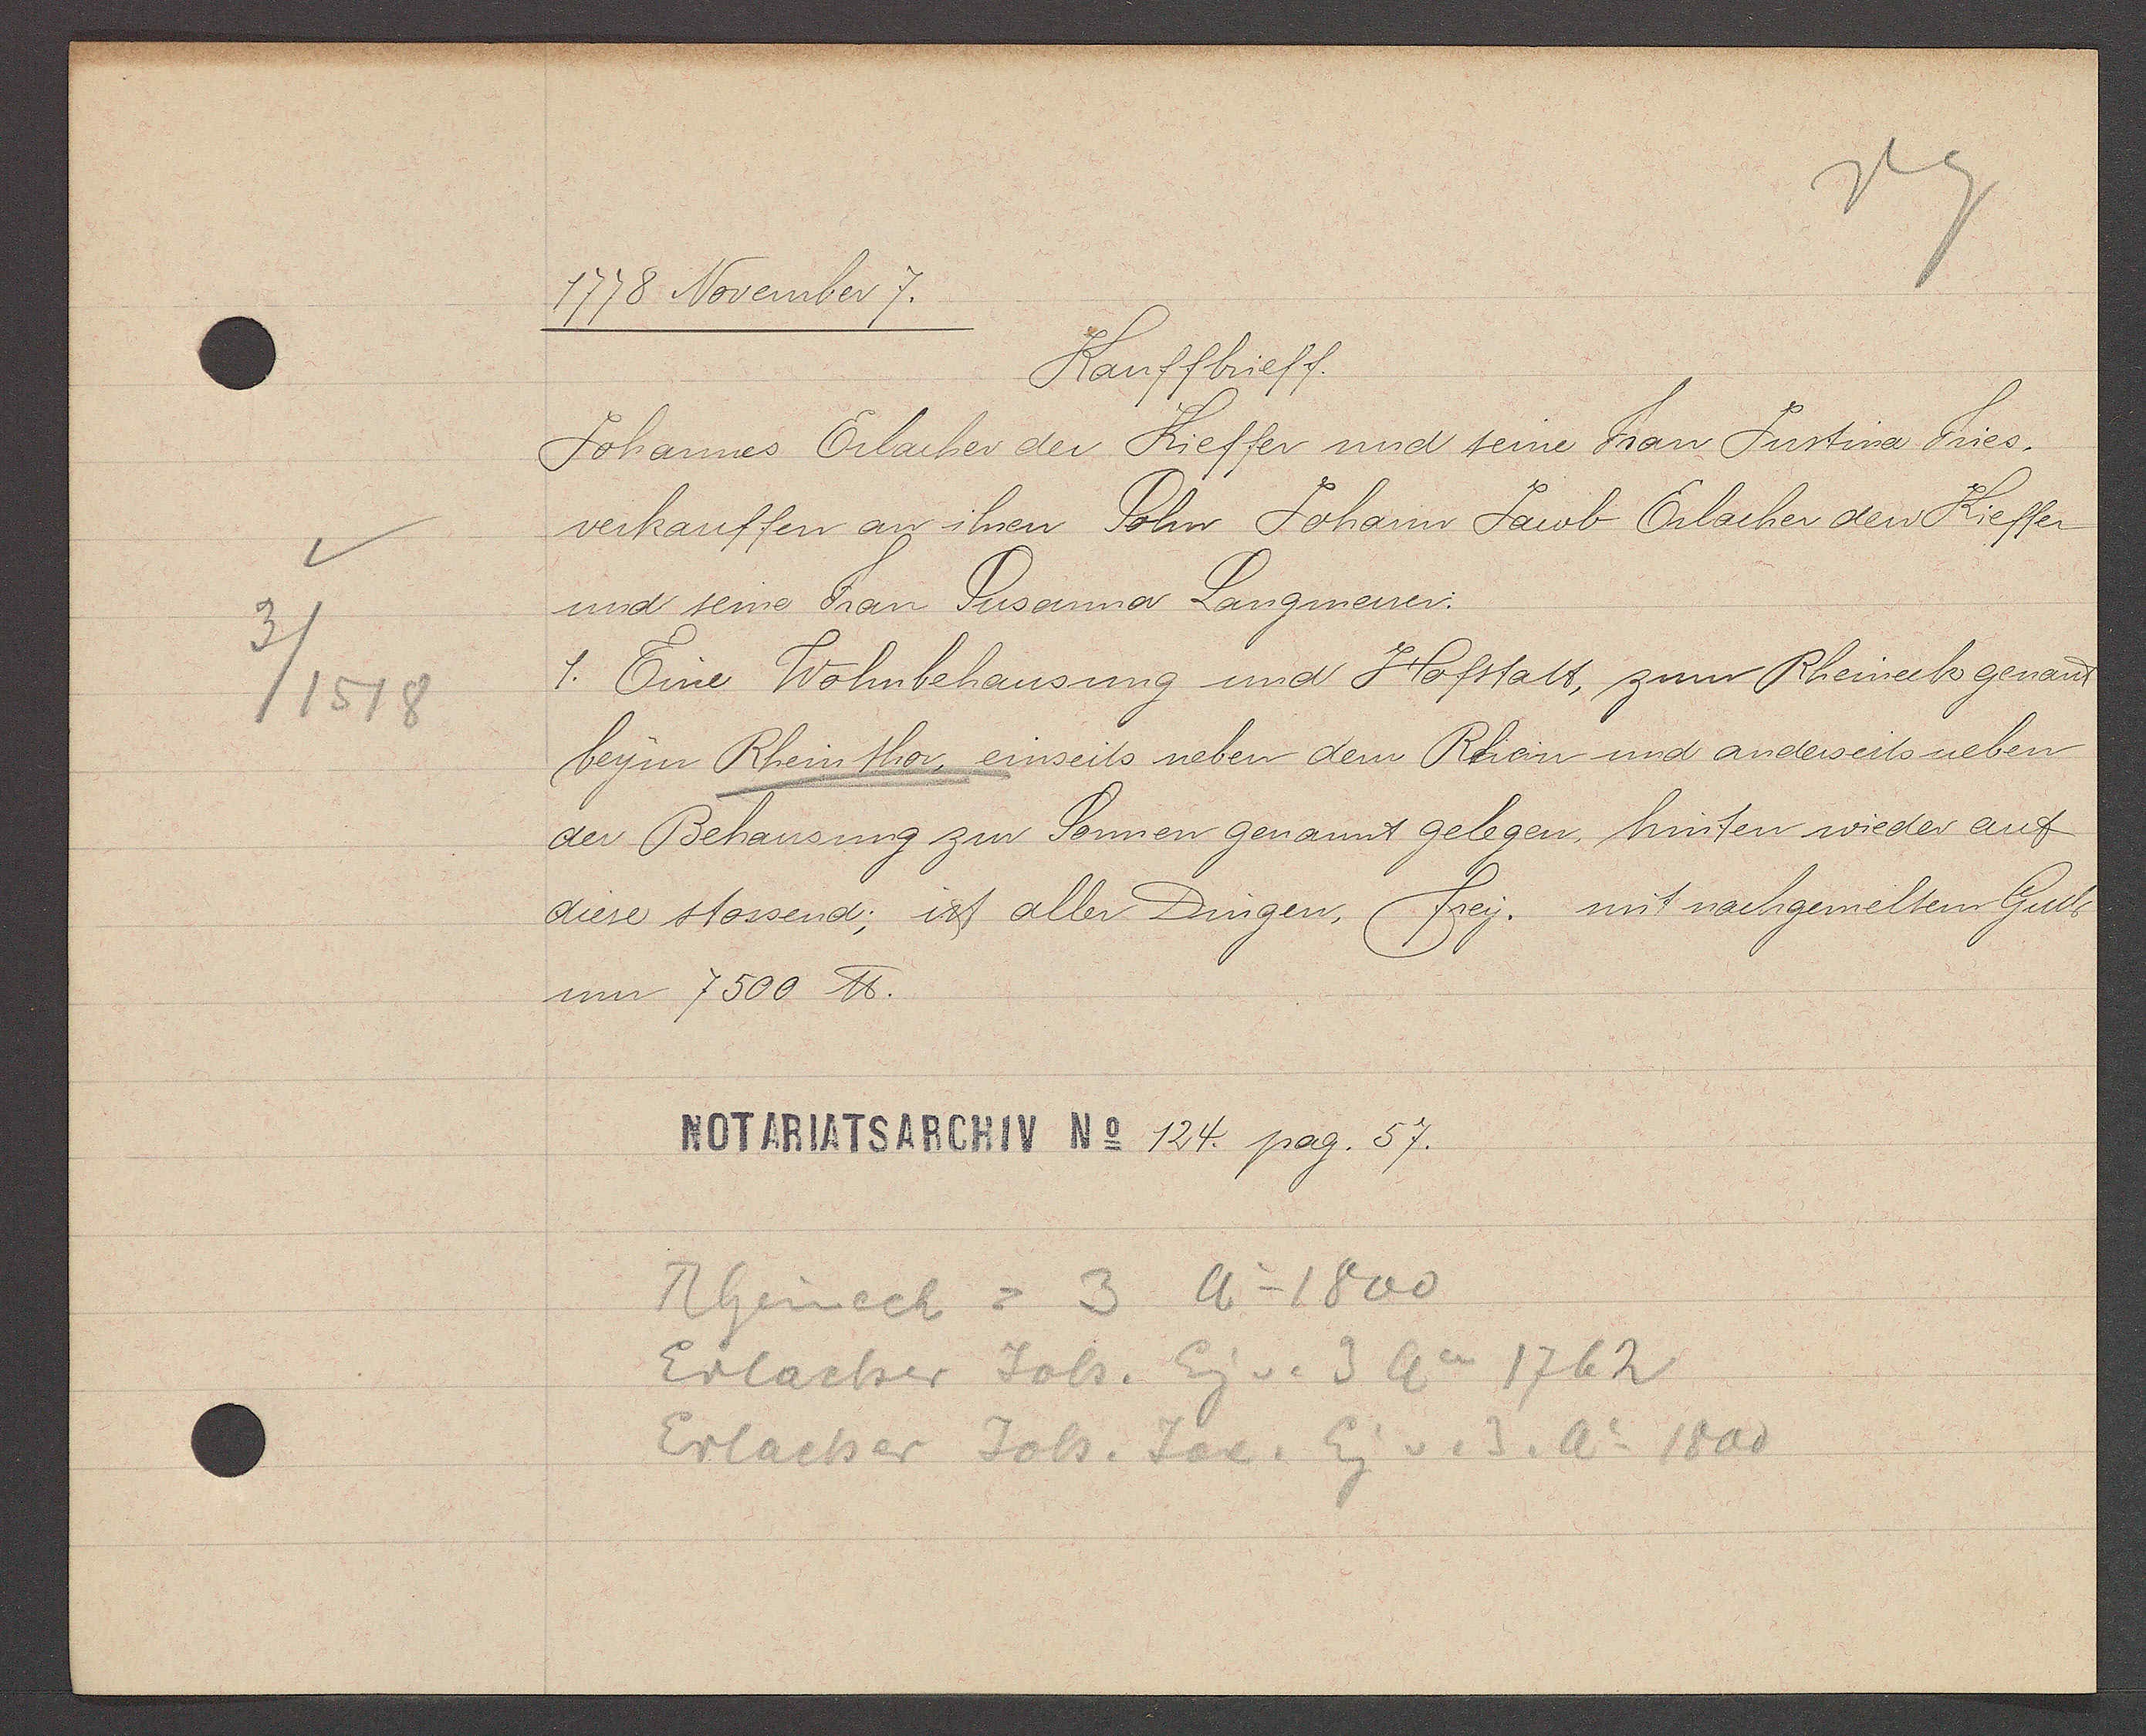
Transcript:
1778 November 7.
Kauffbrieff
Johannes Erlacher der Kieffer und seine Frau Justina Fries,
verkauffen an ihren Sohn Johann Jacob Erlacher den Kieffer
und seine Frau Susanna Langmesser.
1. Eine Wohnbehausung und Hofstatt, zum Rheineck genant
beym Rheinthor einseits neben dem Rhein und anderseits neben
der Behausung zur Sonnen genant gelegen, hinten wieder auf
diese stossend; ist aller Dingen, Frey. mit nachgemeltem Gult?
um 7500 ℔
124. pag. 57.
Rheinech = 3 Ao 1800
Erlacher Joh. Eig v. 3 Ao 1762
Erlacher Joh. Jac. Eg v. 3. Ao 1800

3 / 1518